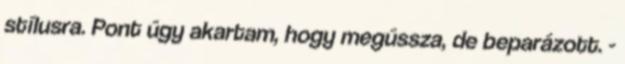
stílusra. Pont úgy akartam, hogy megússza, de beparázott. -